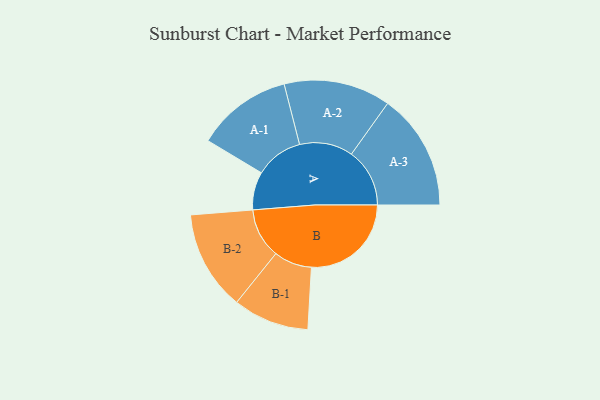
{"axis": {"x": "Segment", "y": "Value"}, "legend": ["", "A", "B"], "data": [{"x": "A", "y": 109, "type": ""}, {"x": "B", "y": 286, "type": ""}, {"x": "A-1", "y": 137, "type": "A"}, {"x": "A-2", "y": 153, "type": "A"}, {"x": "A-3", "y": 167, "type": "A"}, {"x": "B-1", "y": 109, "type": "B"}, {"x": "B-2", "y": 143, "type": "B"}]}